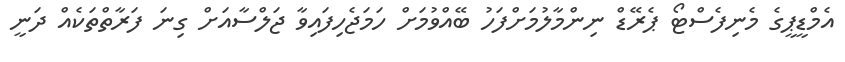
އެމްޑީޕީގެ މެނިފެސްޓޯ ޕެރޭޑް ނިންމާލުމަށްފަހު ބޭއްވުމަށް ހަމަޖެހިފައިވާ ޖަލްސާއަށް ގިނަ ފަރާތްތަކެއް ދަނީ